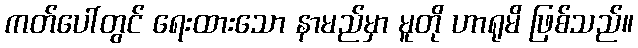
ကတ်ပေါ်တွင် ရေးထားသော နာမည်မှာ မူတို ဟာရုမိ ဖြစ်သည်။